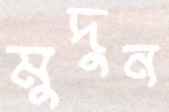
মুদুন